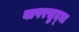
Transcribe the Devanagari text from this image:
वापरसुद्घा